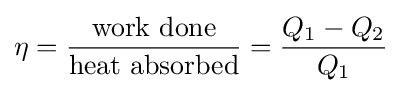
\eta ={\frac {\mathrm {work\ done} }{\mathrm {heat\ absorbed} }}={\frac {Q_{1}-Q_{2}}{Q_{1}}}